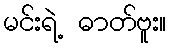
မင်းရဲ့ ဓာတ်ဗူး။